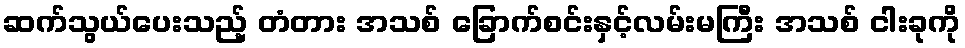
ဆက်သွယ်ပေးသည့် တံတား အသစ် ခြောက်စင်းနှင့်လမ်းမကြီး အသစ် ငါးခုကို